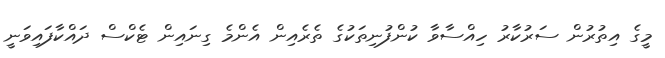
މީގެ އިތުރުން ސަރުކާރު ހިއްސާވާ ކުންފުނިތަކުގެ ތެރެއިން އެންމެ ގިނައިން ޓެކްސް ދައްކާފައިވަނީ